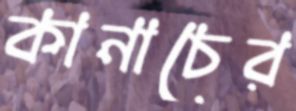
কানাচের